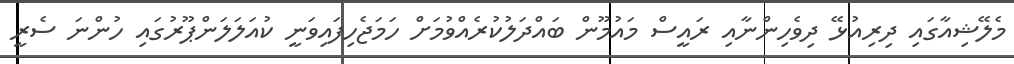
މެލޭޝިއާގައި ދިރިއުޅޭ ދިވެހިންނާއި ރައީސް މައުމޫން ބައްދަލުކުރެއްވުމަށް ހަމަޖެހިފައިވަނީ ކުއަލަލަންޕޫރުގައި ހުންނަ ސެރީ